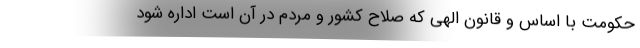
حکومت با اساس و قانون الهی که صلاح کشور و مردم در آن است اداره شود